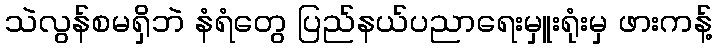
သဲလွန်စမရှိဘဲ နံရံတွေ ပြည်နယ်ပညာရေးမှူးရုံးမှ ဖားကန့်